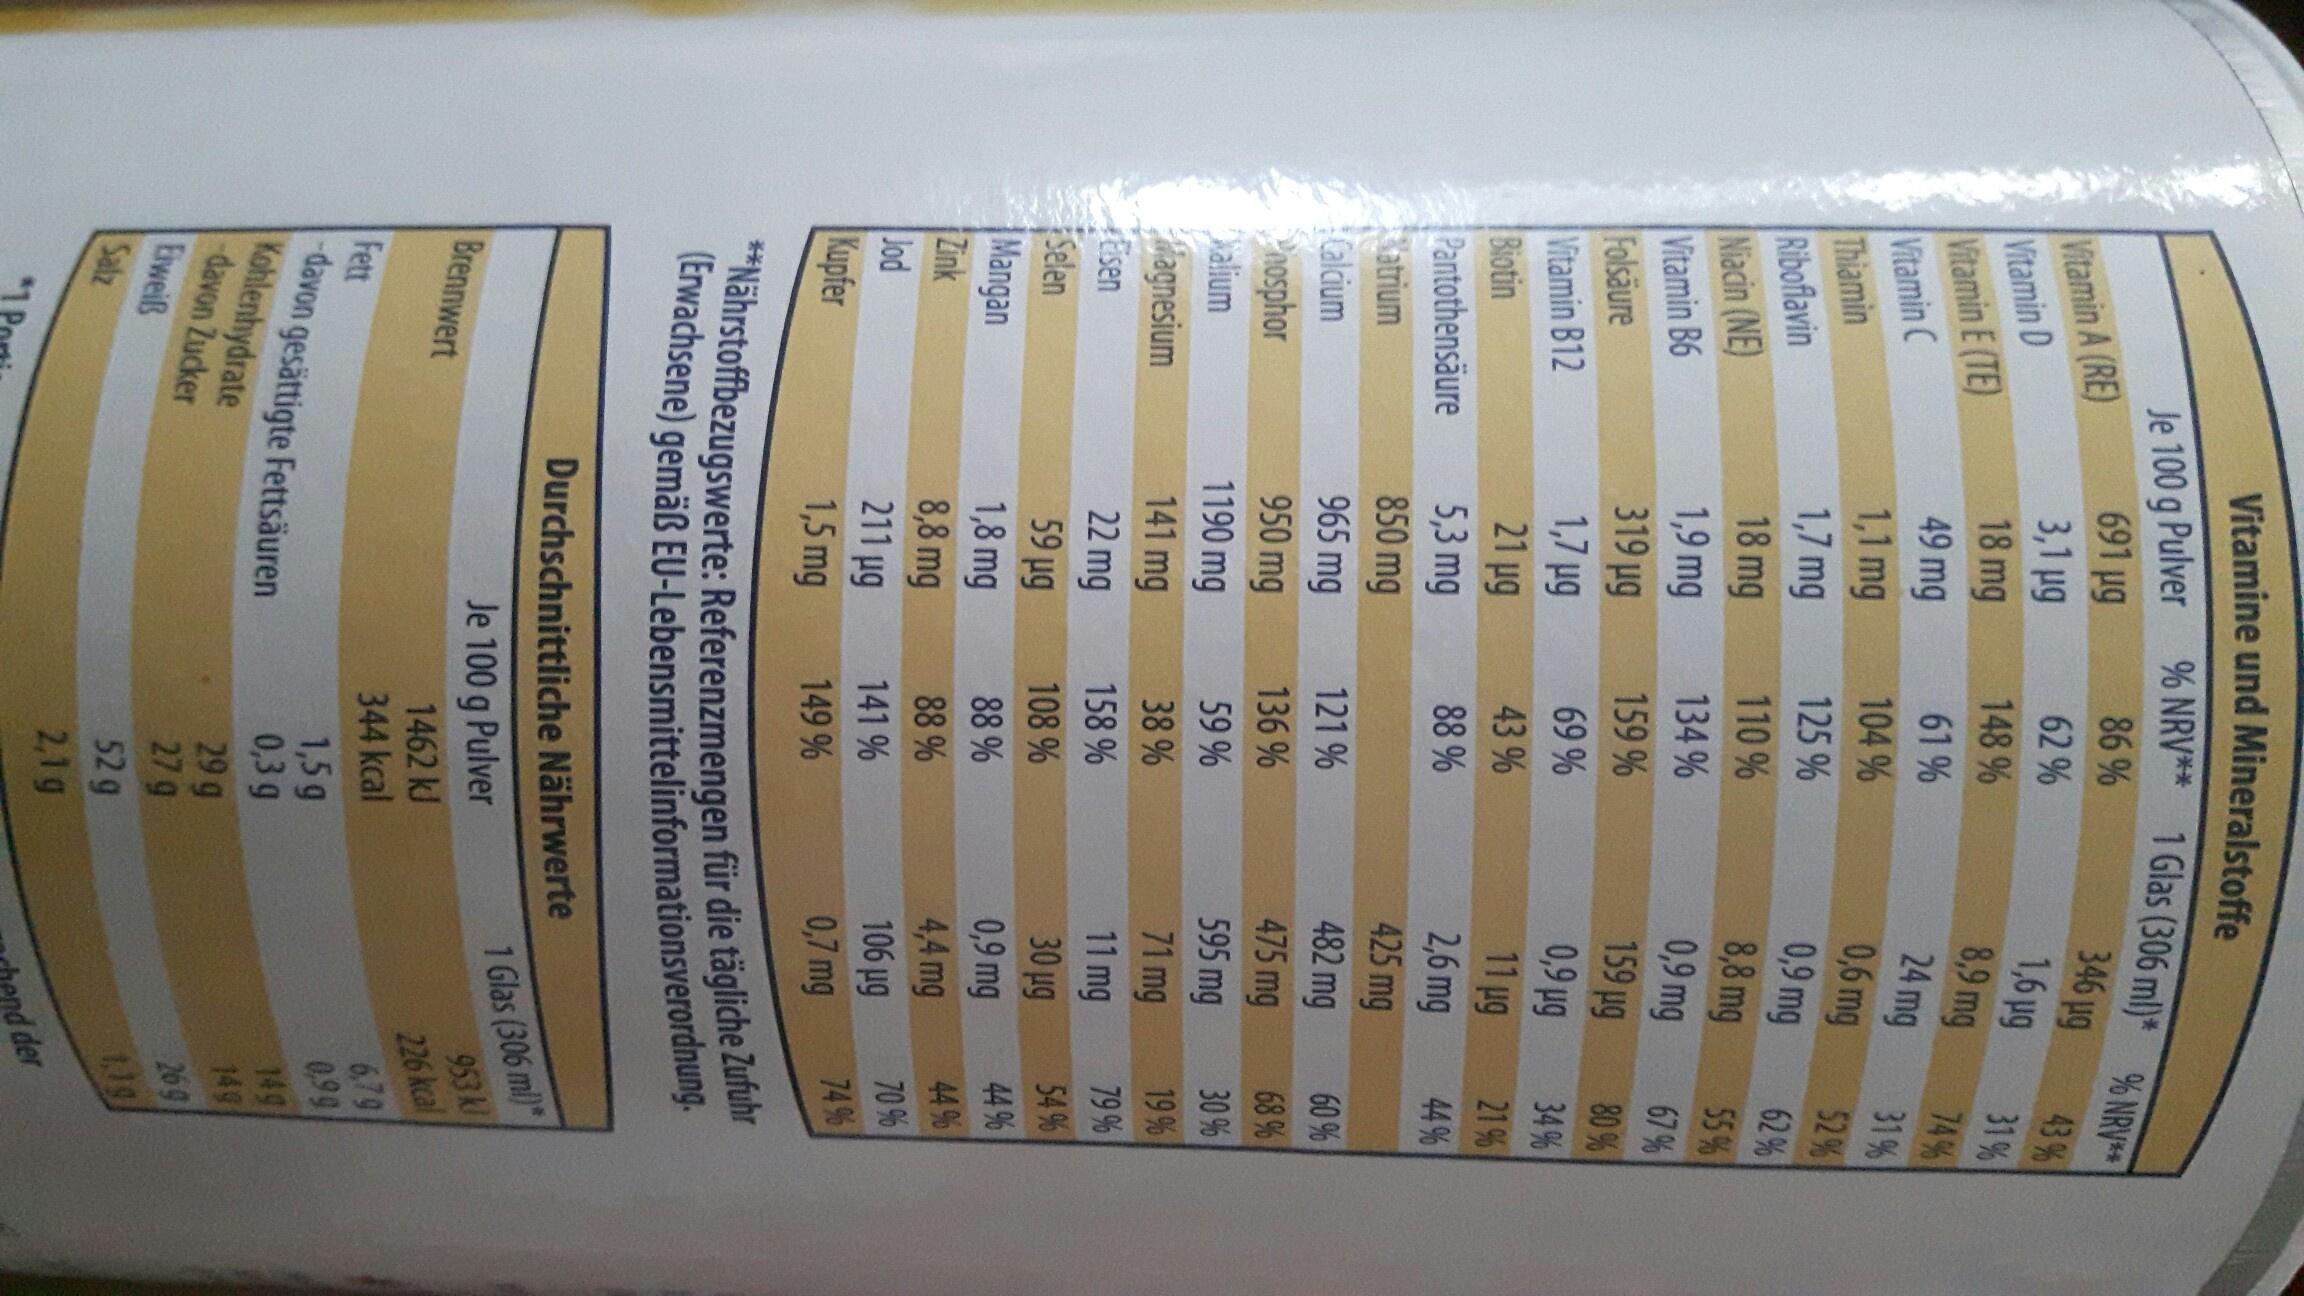
Vitamine und Mineralstoffe
Je 100 g Pulver % NRV** 1Glas (306 ml)* % NRV**
691 19
86 %
346 ug
Vitamin A (RE) Vitamin D Vitamin E (TE) Vitamin C Thiamin Riboflavin Niacin (NE) Vitamin B6 Folsäure Vitamin B12 Biotin Pantothensäure
43% 31%
62 %
3,1 ug 18 mg 49 mg 1,1 mg 1,7 mg
1,6 pg 8,9 mg 24 mg 0,6 mg 0,9 mg 8,8 mg
148 %
74% 31%
61 %
104 %
52 % 62% 55 %
125 %
18 mg
110 %
134 %
0,9 mg
1,9 mg 319 ug 1,7 ug 21 ug
67% 80%
159 ug 0,9 pg 11 ug
159 %
69 %
34 %
43 %
21 %
44 %
2,6 mg 425 mg 482 mg 475 mg
88 %
5,3 mg 850 mg
atrium
Calcium
965 mg
121 %
60%
950 mg
136 %
68 %
Phosphor Nalium agnesium Esen
1190 mg
59 %
595 mg
30 %
19 %
71 mg 11 mg 30 µg 0,9 mg 4,4 mg
141 mg
38 %
79 % 54 % 44 %
158 %
Selen |Mangan Zink Jod Kupfer
22 mg 59 ug 1,8 mg 8,8 mg 211 ug
108 %
88 %
44 %
88 %
70 %
106 pg 0,7 mg
141 %
74 %
1,5 mg
149 %
**Nährstoffbezugswerte: Referenzmengen für die tägliche Zufuhr (Erwachsene) gemäß EU-Lebensmittelinformationsverordnung.
Durchschnittliche Nährwerte
1 Glas (306 mil) 953 k
Je 100 g Pulver
Brennwert
226 kcal 6,79 0,99 149 149 269 1U9
1462 kJ 344 kcal
Fett -davon gesättigte Fettsäuren Kohlenhydrate davon Zucker Eiweiß
1,5g 0,3 g 29 g 27 g
52 g 2,1g
Salz
nd der